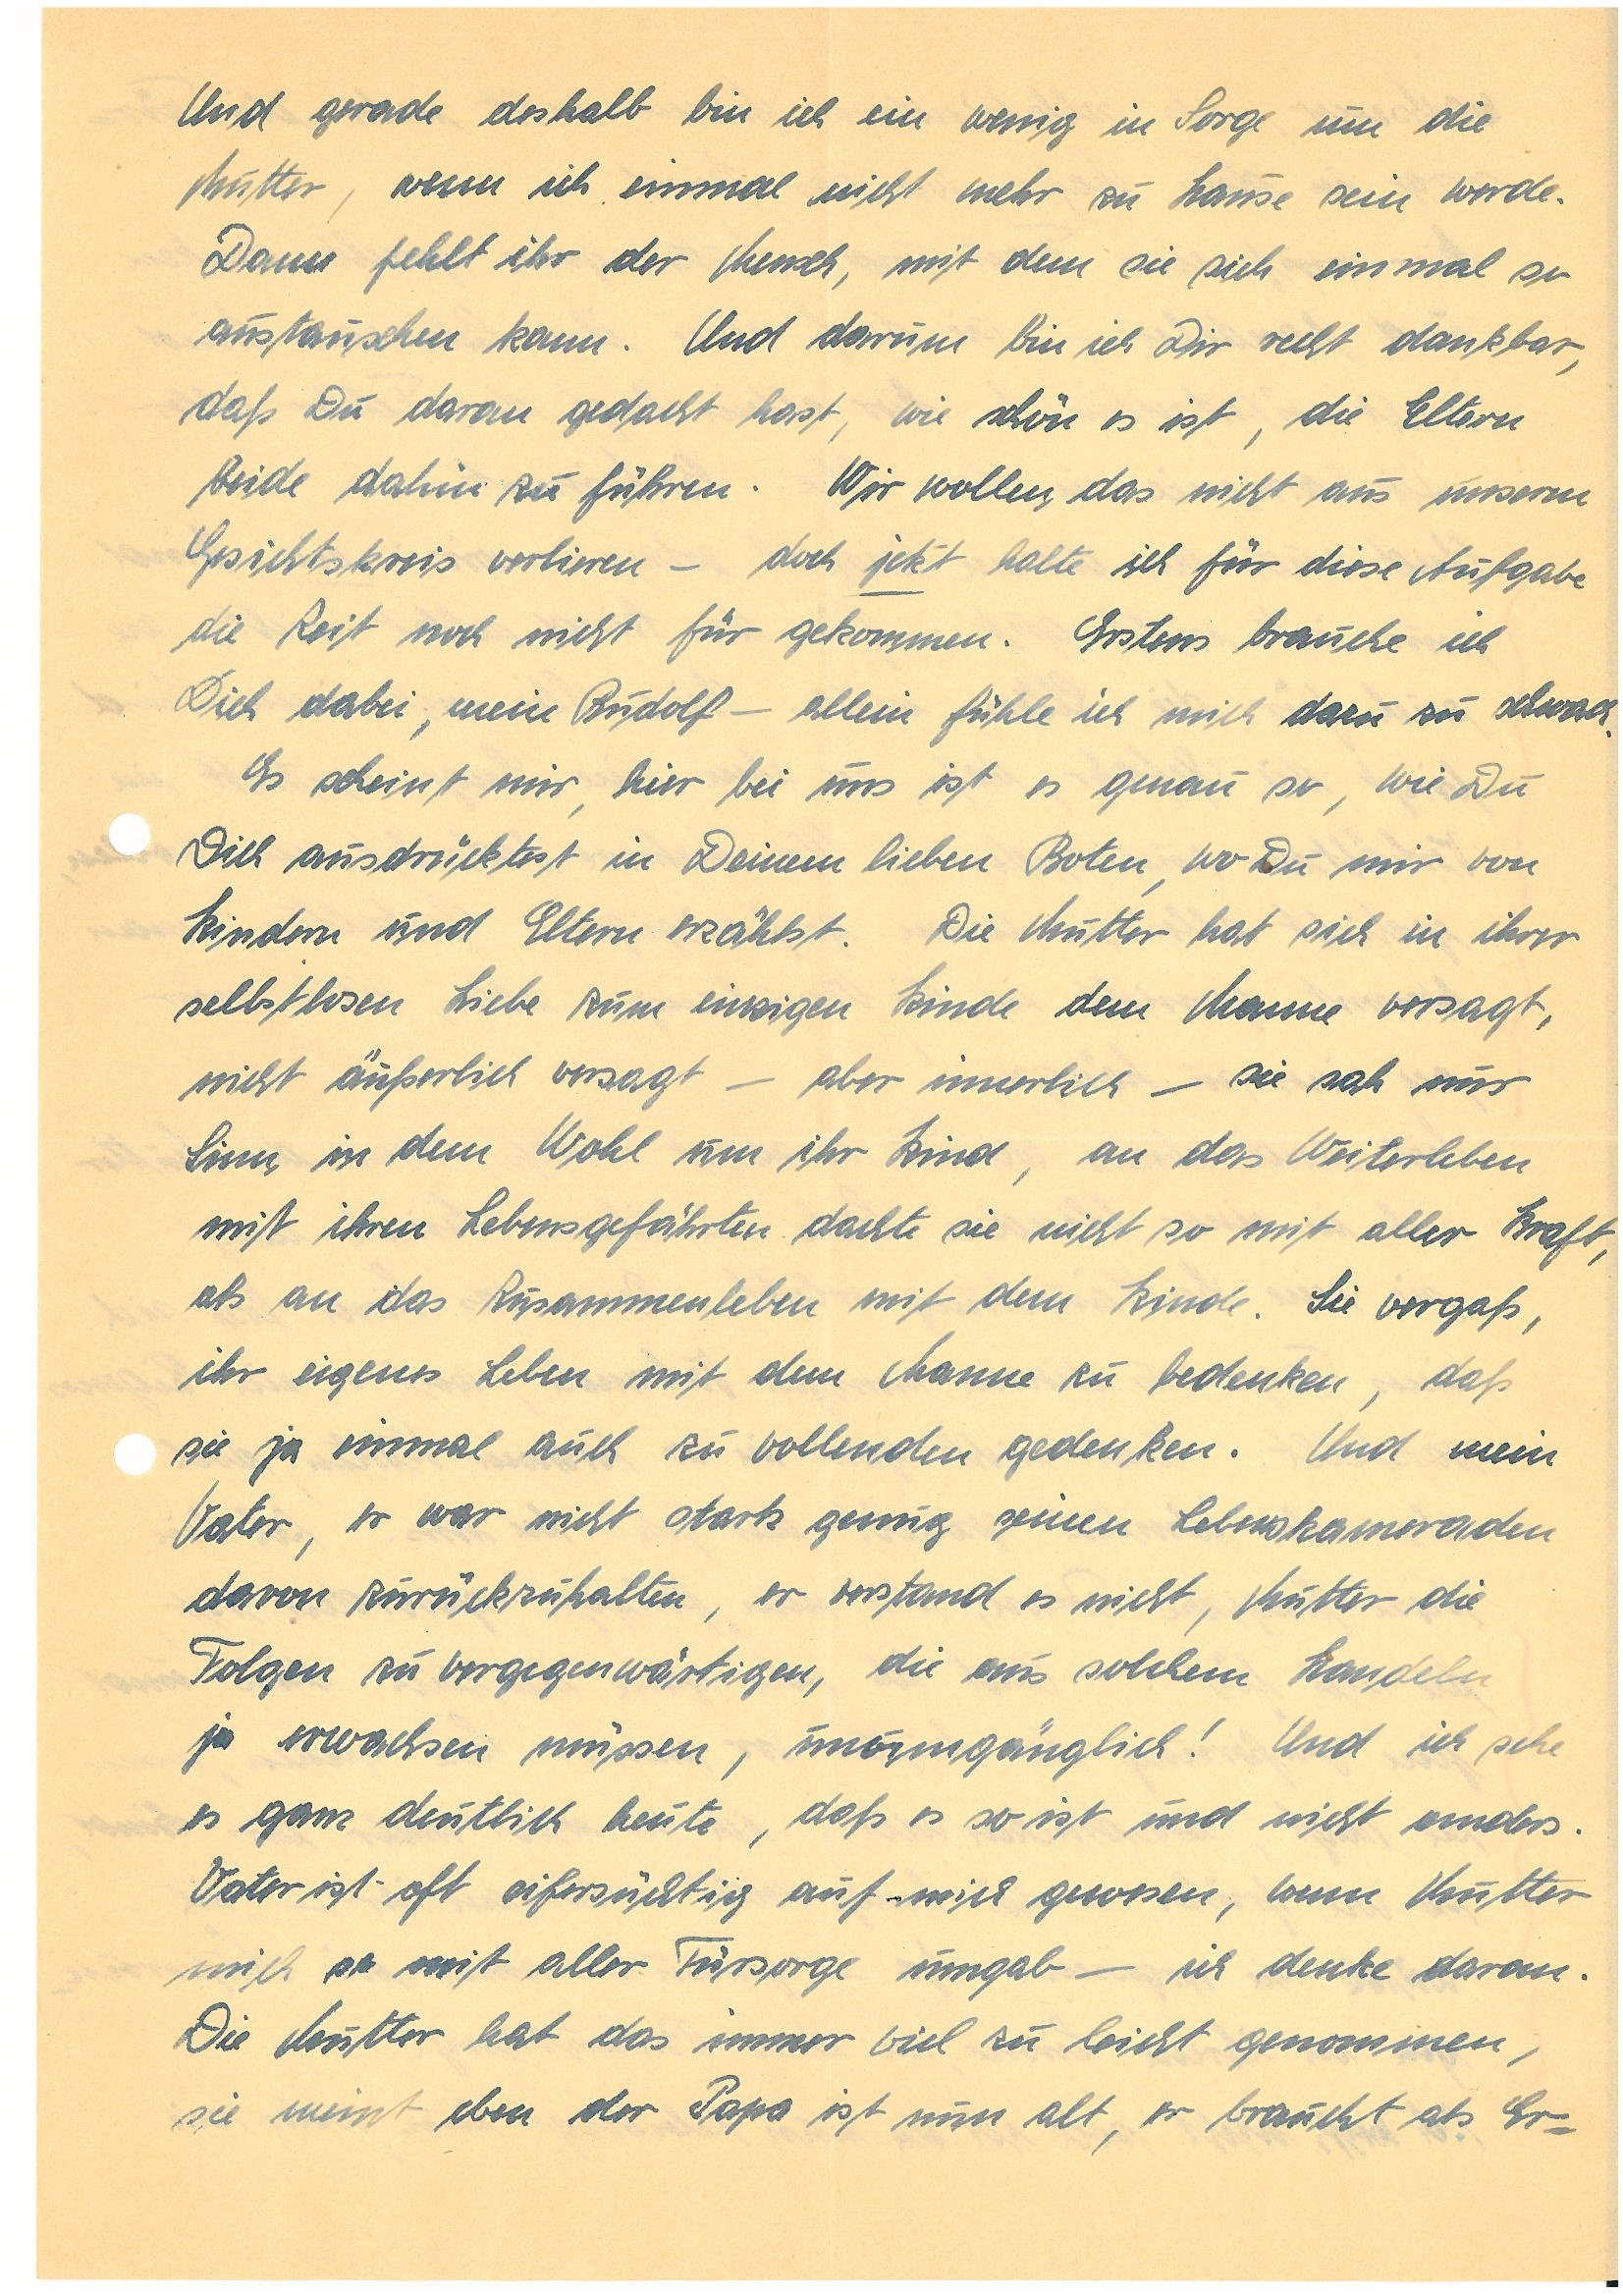
Und gerade deshalb bin ich ein wenig in Sorge um die
Mutter, wenn ich einmal nicht mehr zu Hause sein werde.
Dann fehlt ihr der Mensch, mit dem sie sich einmal so
austauschen kann. Und darum bin ich Dir recht dankbar,
daß Du daran gedacht hast, wie schön es ist, die Eltern
beide dahin zu führen. Wir wollen das nicht aus unserm
Gesichtskreis verlieren – doch jetzt halte ich für diese Aufgabe
die Zeit noch nicht für gekommen. Erstens brauche ich
Dich dabei, mein  – allein fühle ich mich dazu zu schwach.
Es scheint mir, hier bei uns ist es genau so, wie Du
Dich ausdrücktest in Deinem lieben Boten, wo Du mir von
Kindern und Eltern erzählst. Die Mutter hat sich in ihrer
selbstlosen Liebe zum einzigen Kinde dem Manne versagt,
nicht äußerlich versagt – aber innerlich – sie sah nur
Sinn, in dem Wohl um ihr Kind, an das Weiterleben
mit ihrem Lebensgefährten dachte sie nicht so mit aller Kraft,
als an das Zusammenleben mit dem Kinde. Sie vergaß,
ihr eigenes Leben mit dem Manne zu bedenken, daß
sie ja einmal auch zu vollenden gedenken. Und mein
Vater, er war nicht stark genug seinen Lebenskameraden
davon zurückzuhalten, er verstand es nicht, Mutter die
Folgen zu vergegenwärtigen, die aus solchem Handeln
ja erwachsen müssen, unumgänglich! Und ich sehe
es ganz deutlich heute, daß es so ist und nicht anders.
Vater ist oft eifersüchtig auf mich gewesen, wenn Mutter
mich so mit aller Fürsorge umgab – ich denke daran.
Die Mutter hat das immer viel zu leicht genommen,
sie meint eben der Papa ist nun alt, er braucht als Er¬